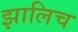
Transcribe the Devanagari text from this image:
झालिच